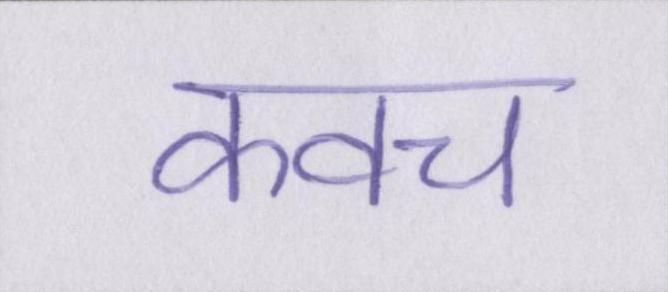
कवच